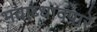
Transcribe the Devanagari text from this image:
भवाब्धावपारे